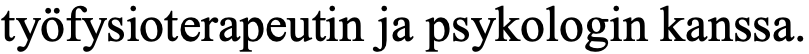
työfysioterapeutin ja psykologin kanssa.